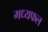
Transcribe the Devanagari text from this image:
मध्यफल